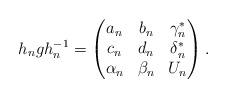
LaTeX: \begin{align*} h_n g h_n^{-1} =\begin{pmatrix} a_n & b_n & \gamma_n^*\\c_n & d_n & \delta_n^*\\ \alpha_n & \beta_n & U_n\\ \end{pmatrix}.\end{align*}